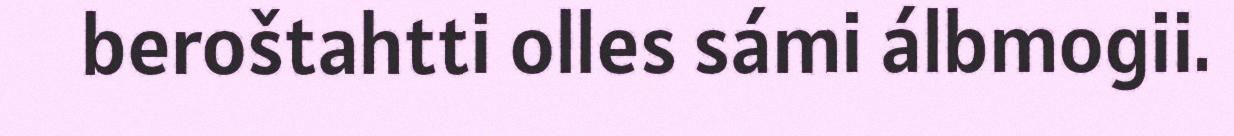
beroštahtti olles sámi álbmogii.